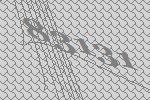
83131